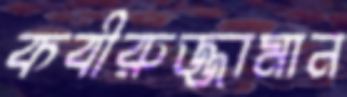
কবীরুজ্জামান